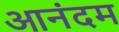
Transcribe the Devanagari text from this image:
आनंदम